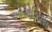
ઓએડિપસ